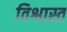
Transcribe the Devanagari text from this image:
विश्वास्त